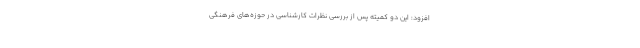
افزود: این دو کمیته پس از بررسی نظرات کارشناسی در حوزه‌های فرهنگی